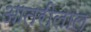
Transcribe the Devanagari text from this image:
आतरीलाल